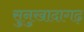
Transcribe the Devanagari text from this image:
सुनुखादागढ़